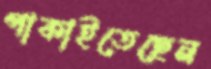
পাকাইতেছেন